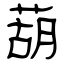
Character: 葫